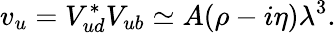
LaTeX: v_{u}=V_{ud}^{*}V_{ub}\simeq A(\rho-i\eta)\lambda^{3}.